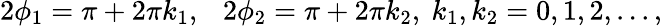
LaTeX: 2\phi_{1}=\pi+2\pi k_{1},~~~2\phi_{2}=\pi+2\pi k_{2},~k_{1},k_{2}=0,1,2,...,